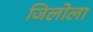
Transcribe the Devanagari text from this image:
जिलोला